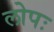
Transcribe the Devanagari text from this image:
लोपः